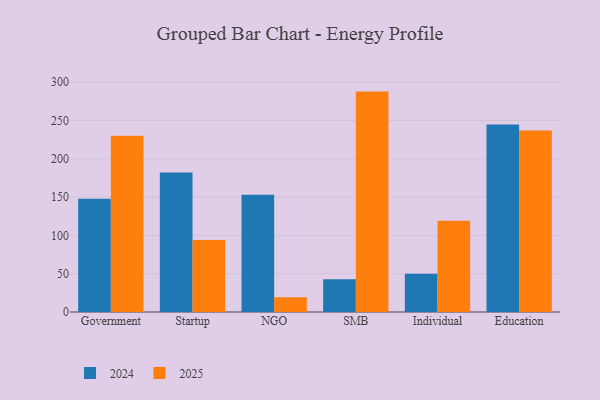
{"axis": {"x": "Segment", "y": "Customer Acquisition Cost (USD)"}, "legend": ["2024", "2025"], "data": [{"x": "Government", "y": 147.9, "type": "2024"}, {"x": "Government", "y": 230.2, "type": "2025"}, {"x": "Startup", "y": 182.1, "type": "2024"}, {"x": "Startup", "y": 94.1, "type": "2025"}, {"x": "NGO", "y": 153.2, "type": "2024"}, {"x": "NGO", "y": 19.2, "type": "2025"}, {"x": "SMB", "y": 42.7, "type": "2024"}, {"x": "SMB", "y": 287.8, "type": "2025"}, {"x": "Individual", "y": 49.8, "type": "2024"}, {"x": "Individual", "y": 119.2, "type": "2025"}, {"x": "Education", "y": 245.0, "type": "2024"}, {"x": "Education", "y": 237.1, "type": "2025"}]}